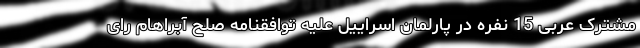
مشترک عربی 15 نفره در پارلمان اسراییل علیه توافقنامه صلح آبراهام رای